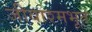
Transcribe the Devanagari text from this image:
जीवाश्मभूत